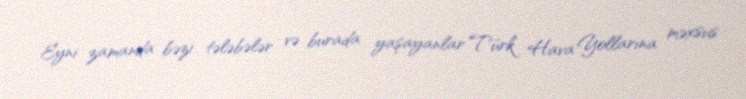
Eyni zamanda bəzi tələbələr və burada yaşayanlar Türk Hava Yollarına məxsus